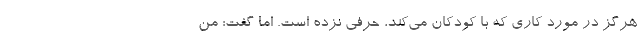
هرگز در مورد کاری که با کودکان می‌کند، حرفی نزده است. اِما گفت: من